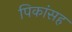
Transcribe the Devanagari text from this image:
पिकांसह